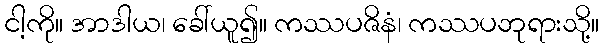
ငါ့ကို။ အာဒါယ၊ ခေါ်ယူ၍။ ကဿပဇိနံ၊ ကဿပဘုရားသို့။